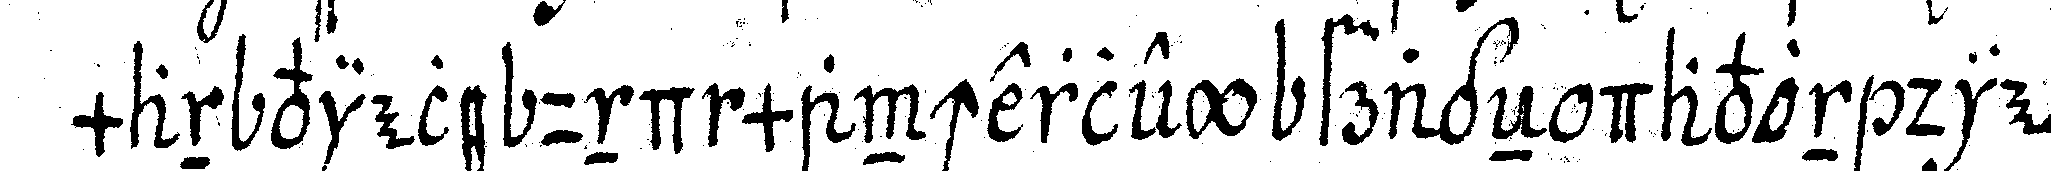
man viele und mancherley frageN davon die